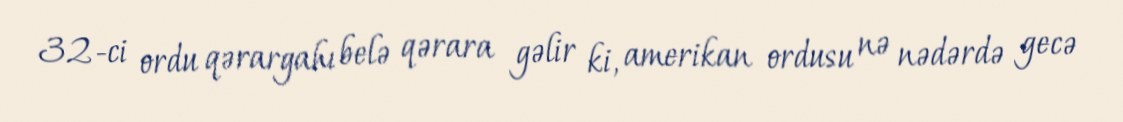
32-ci ordu qərargahı belə qərara gəlir ki, amerikan ordusu nə nədərdə gecə